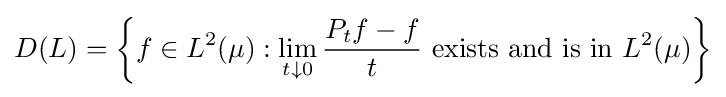
D(L)=\left\{f\in L^{2}(\mu ):\lim \limits _{t\downarrow 0}{\frac {P_{t}f-f}{t}}{\text{ exists and is in }}L^{2}(\mu )\right\}